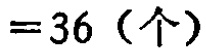
$=36 \left( 个\right)$